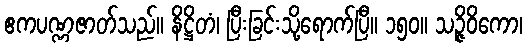
ဧကပဏ္ဏဇာတ်သည်။ နိဋ္ဌိတံ၊ ပြီးခြင်းသို့ရောက်ပြီ။ ၁၅၀။ သဉ္ဇိဝိကော၊